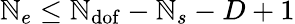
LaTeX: \mathbb{N}_{e}\leq\mathbb{N}_{\mathrm{{dof}}}-\mathbb{N}_{s}-D+1